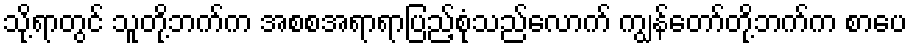
သို့ရာတွင် သူတို့ဘက်က အစစအရာရာပြည့်စုံသည်လောက် ကျွန်တော်တို့ဘက်က စာပေ